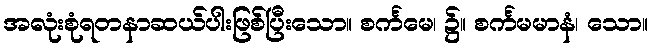
အလုံးစုံရတနာဆယ်ပါးဖြစ်ပြီးသော။ စင်္ကမေ၊ ၌။ စင်္ကမမာနံ၊ သော။